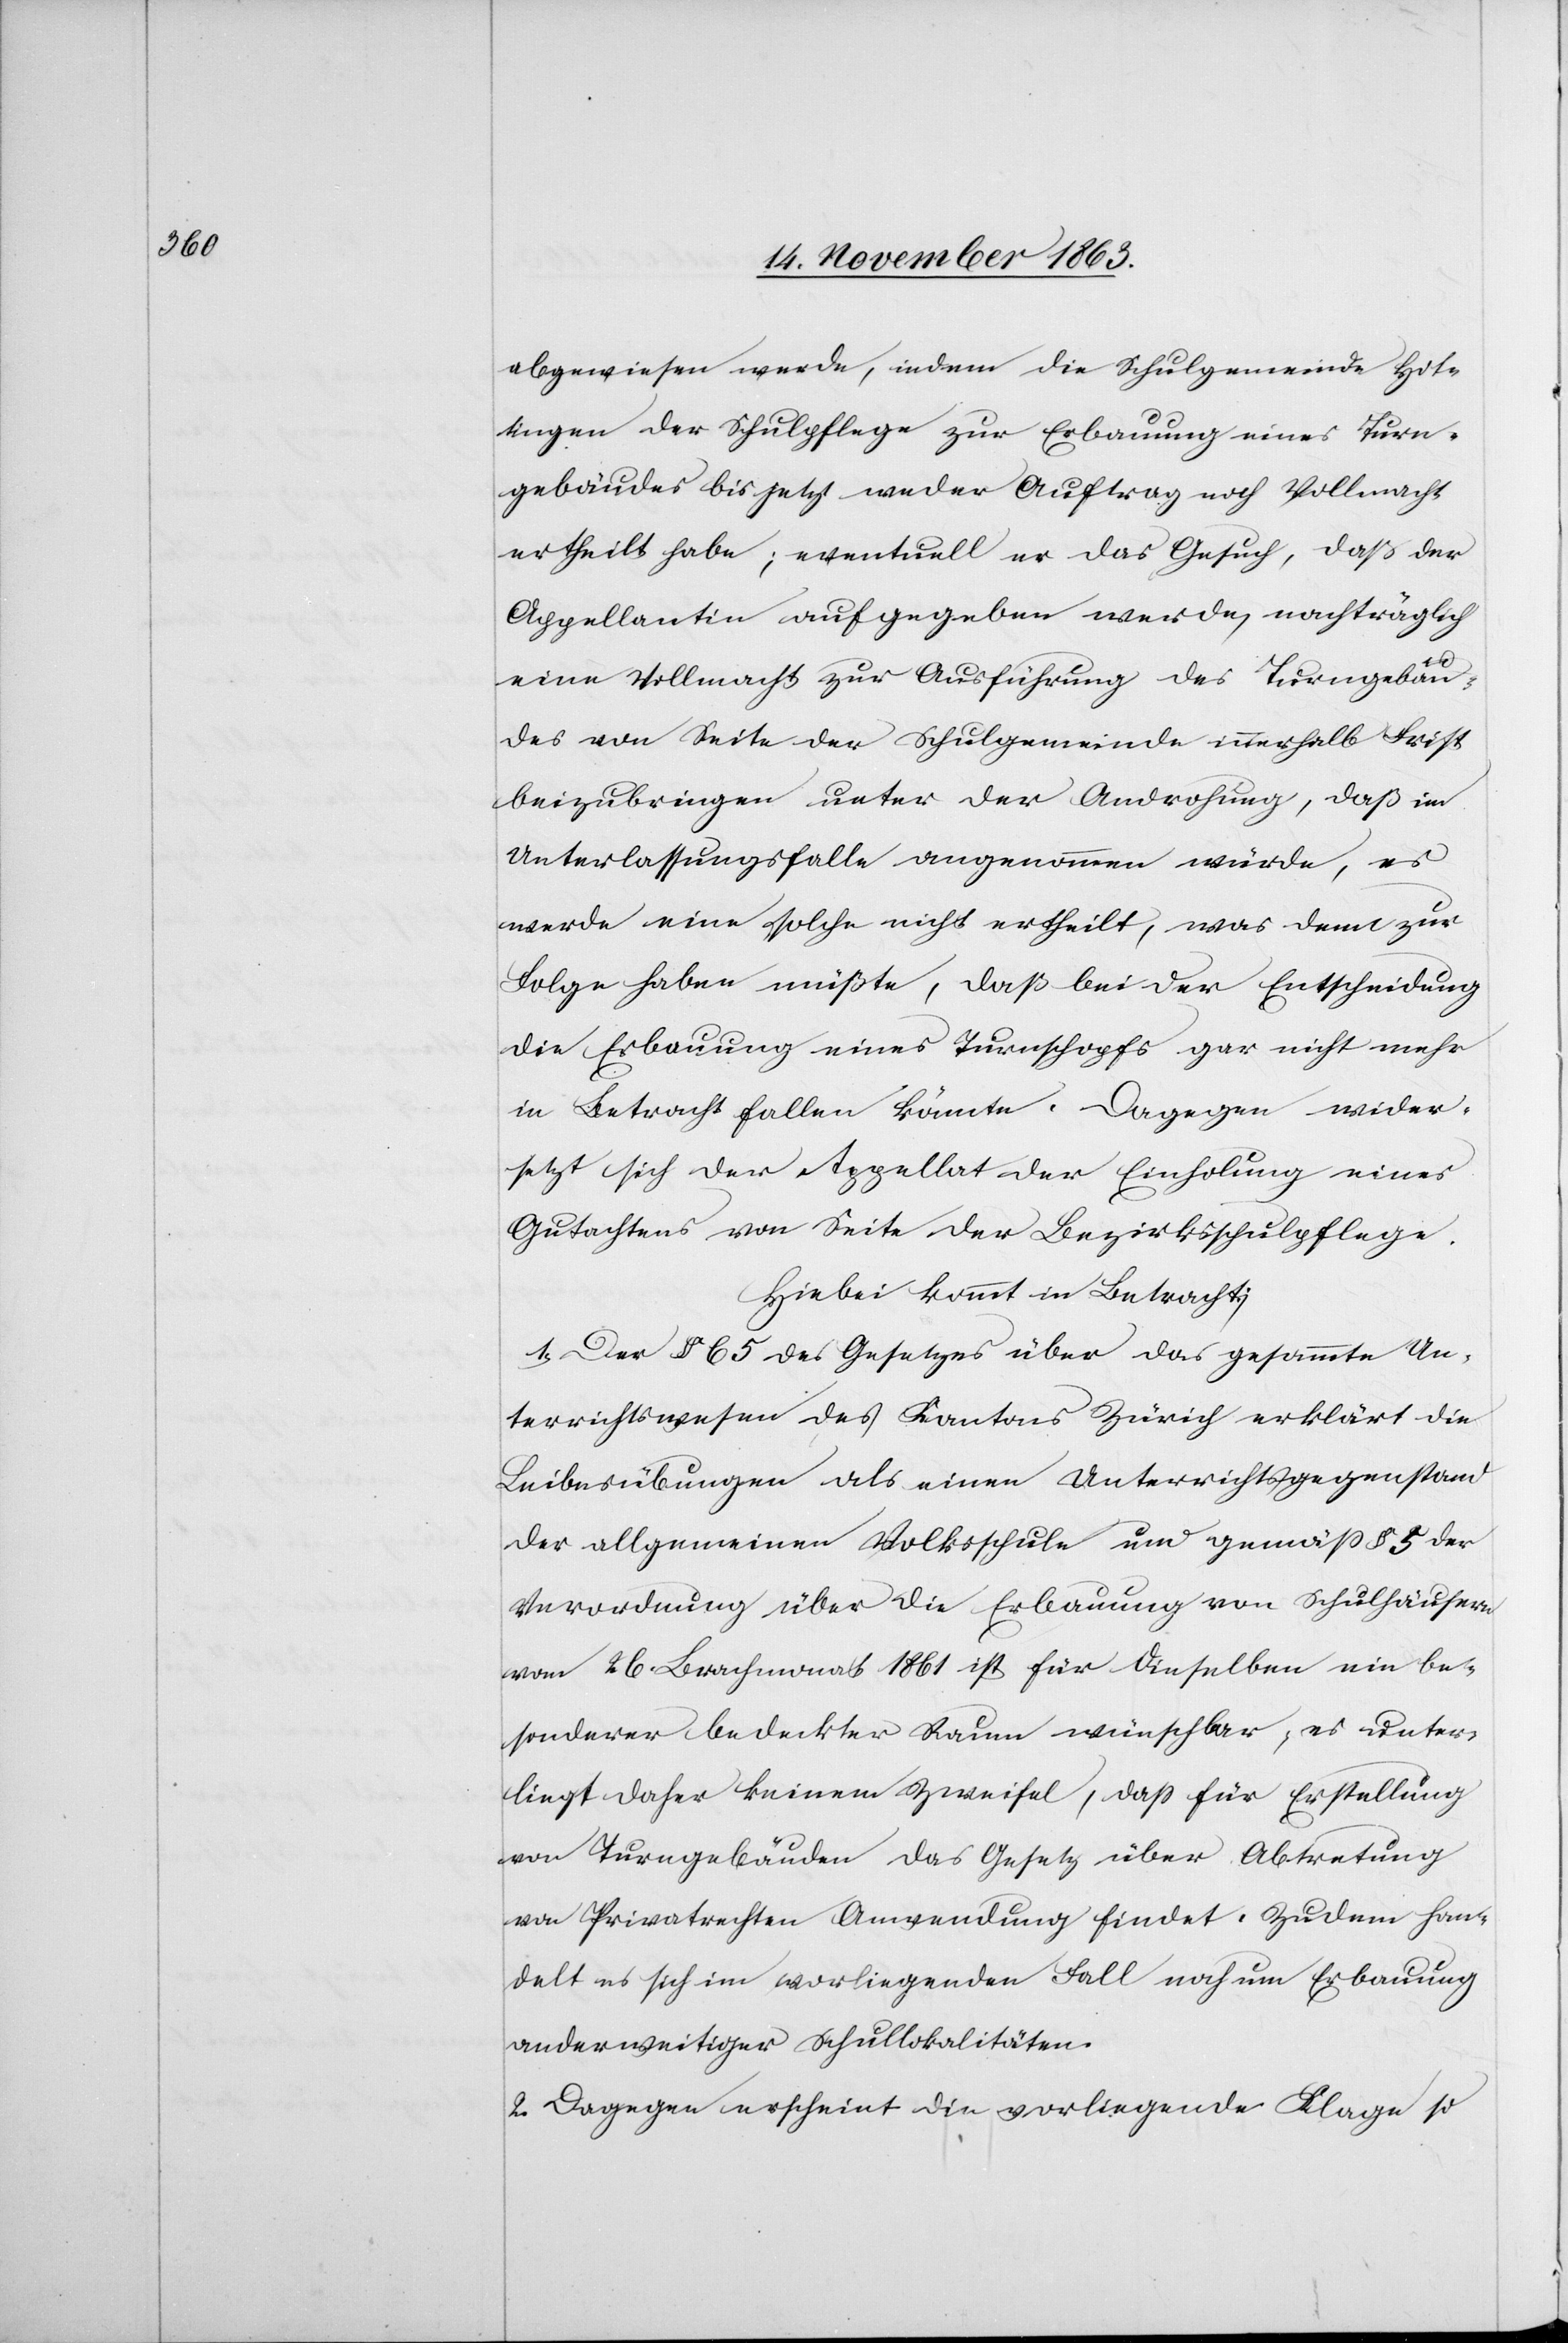
abgewiesen werde, indem die Schulgemeinde Hot¬
tingen der Schulpflege zur Erbauung eines Turn¬
gebäudes bis jetzt weder Auftrag noch Vollmacht
ertheilt habe; eventuell er das Gesuch, daß der
Appellantin aufgegeben werde, nachträglich
eine Vollmacht zur Ausführung des Turngebäu¬
des von Seite der Schulgemeinde innerhalb Frist
beizubringen unter der Androhung, daß im
Unterlassungsfalle angenommen würde, es
werde eine solche nicht ertheilt, was denn zur
Folge haben müßte, daß bei der Entscheidung
die Erbauung eines Turnschopfs gar nicht mehr
in Betracht fallen könnte. Dagegen wider¬
setzt sich der Appellat der Einholung eines
Gutachtens von Seite der Bezirksschulpflege.
Hiebei kommt in Betracht:
1. Der § 65 des Gesetzes über das gesammte Un¬
terrichtswesen des Kantons Zürich erklärt die
Leibesübungen als einen Unterrichtsgegenstand
der allgemeinen Volksschule und gemäss § 5 der
Verordnung über die Erbauung von Schulhäusern
vom 26. Brachmonat 1861 ist für dieselben ein be¬
sonderer bedeckter Raum wünschbar; es unter¬
liegt daher keinem Zweifel, dass für Erstellung
von Turngebäuden das Gesetz über Abtretung
von Privatrechten Anwendung findet: Zudem han¬
delt es sich im vorliegenden Fall noch um Erbauung
anderweitiger Schullokalitäten.
2. Dagegen erscheint die vorliegende Klage so